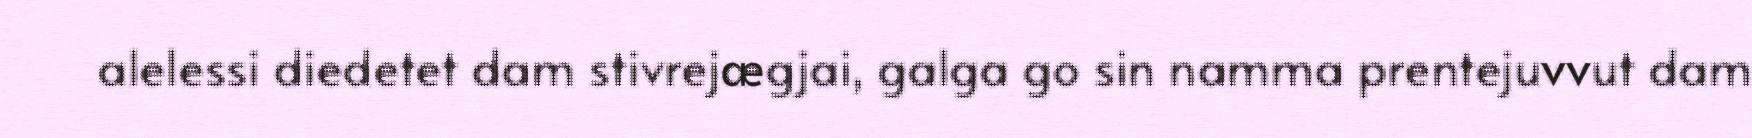
alelessi diedetet dam stivrejægjai, galga go sin namma prentejuvvut dam